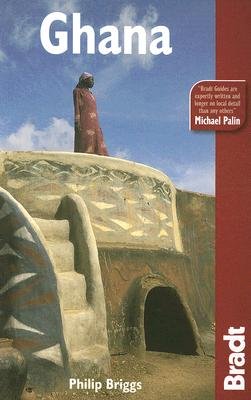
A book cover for Ghana: The Bradt Travel Guide [GHANA 4/E]; Philip(Author) Briggs; Travel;